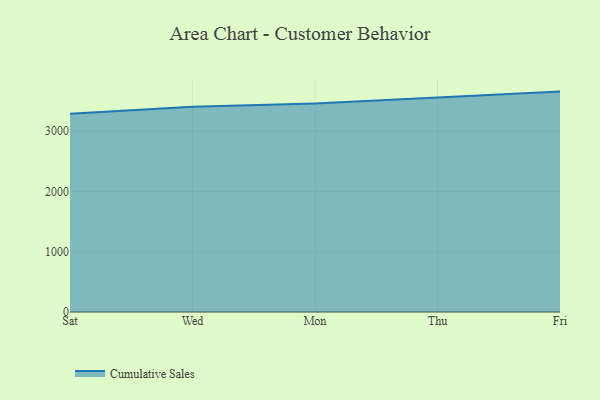
{"axis": {"x": "Day", "y": "Backlog"}, "legend": ["Cumulative Sales"], "data": [{"x": "Sat", "y": 3286.1, "type": "Cumulative Sales"}, {"x": "Wed", "y": 3402.1, "type": "Cumulative Sales"}, {"x": "Mon", "y": 3458.6, "type": "Cumulative Sales"}, {"x": "Thu", "y": 3553.3, "type": "Cumulative Sales"}, {"x": "Fri", "y": 3654.5, "type": "Cumulative Sales"}]}